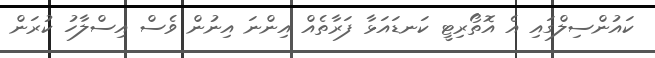
ކައުންސިލްގައި އެ އޮތޯރިޓީ ކަނޑައަޅާ ފަރާތެއް އިންނަ އިނުން ވެސް އިސްލާހު ކުރަން